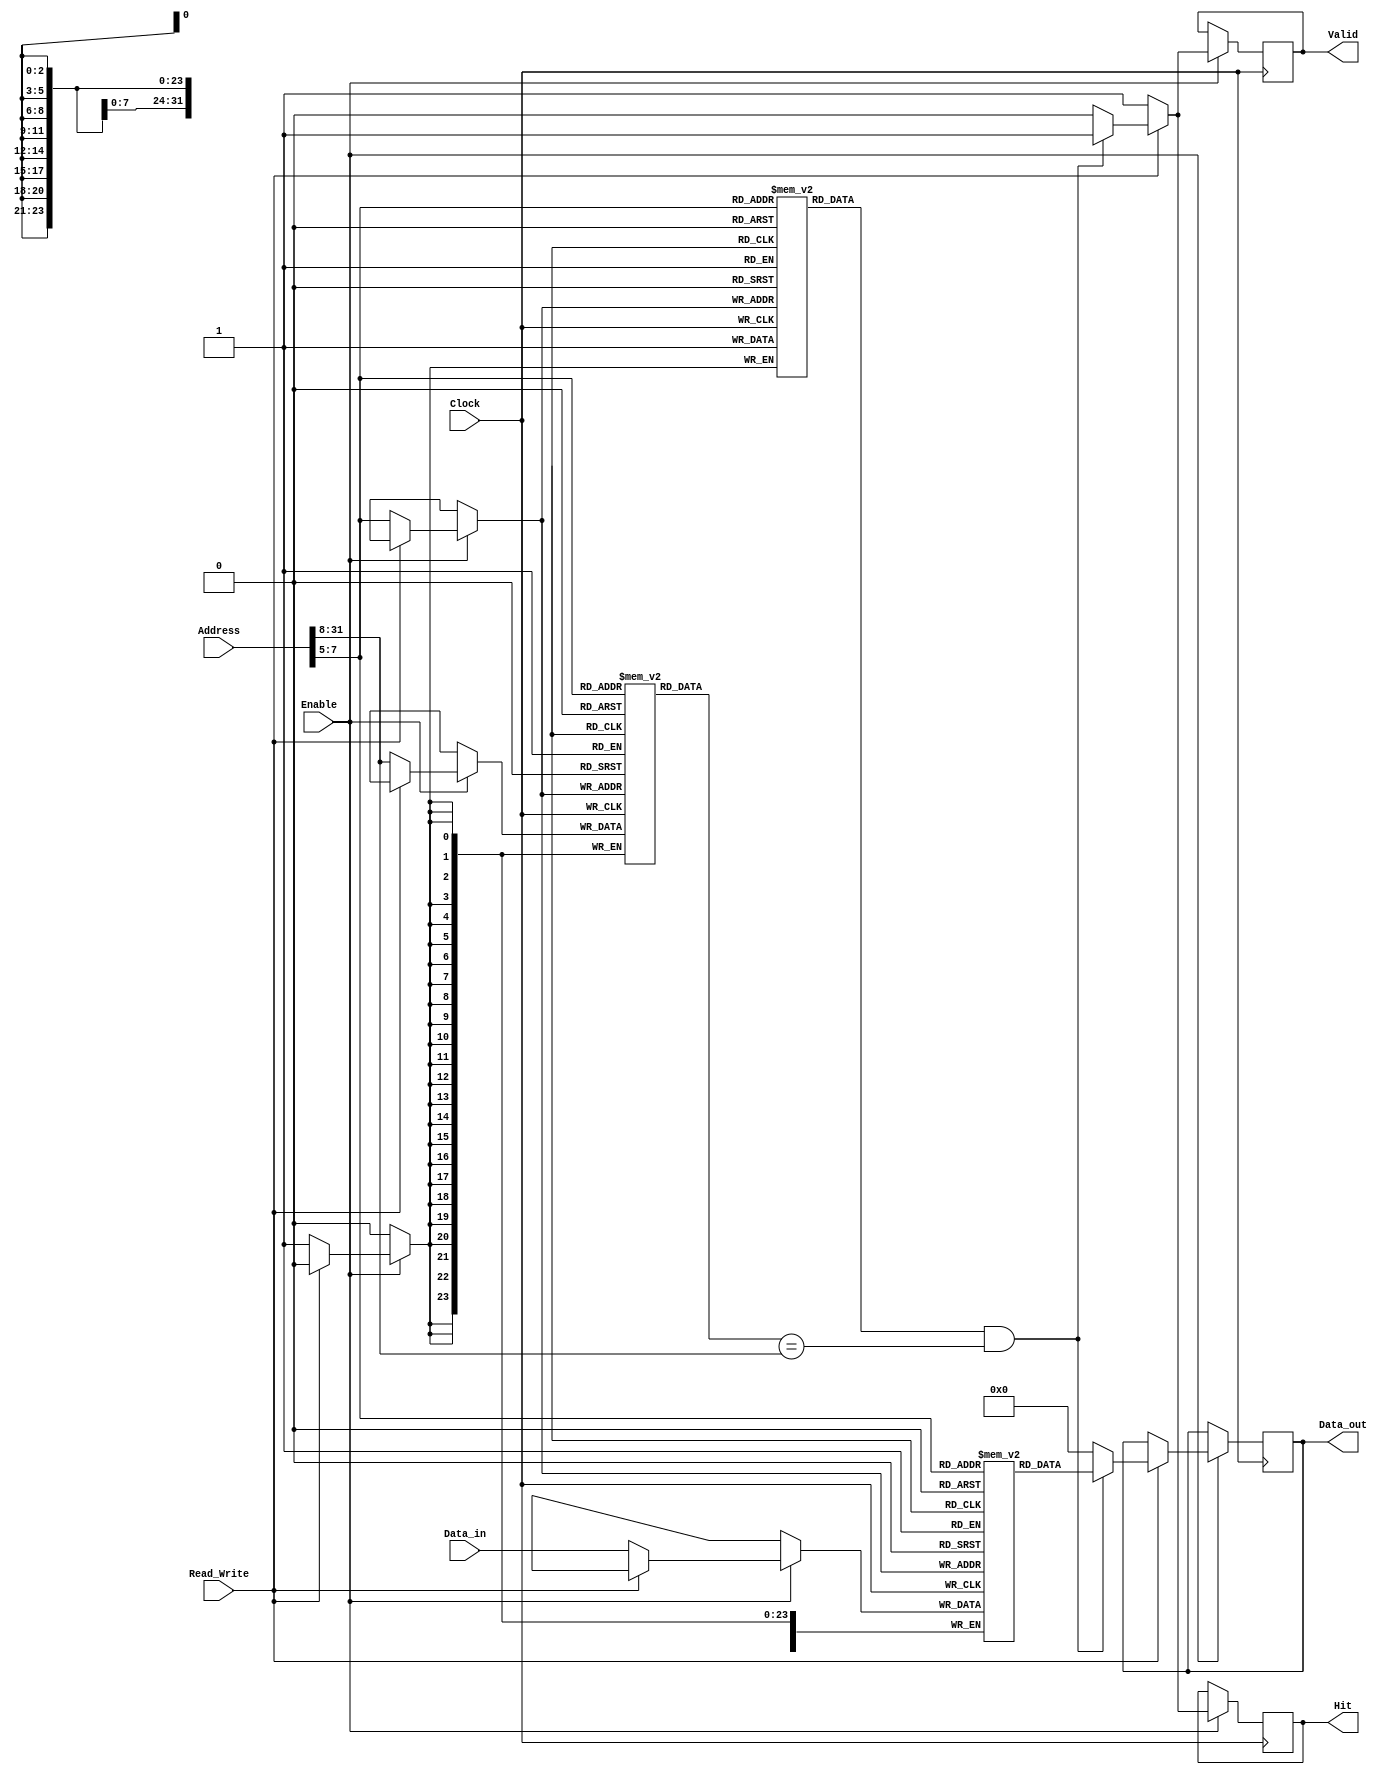
module DirectMappedCache (
    input wire [31:0] Address,    // 32-bit address input
    input wire [31:0] Data_in,     // Data input for write operations
    input wire Read_Write,         // Read (1) or Write (0)
    input wire Enable,             // Enable signal
    input wire Clock,              // Clock signal
    output reg [31:0] Data_out,    // Data output for read operations
    output reg Hit,                // Hit signal
    output reg Valid               // Valid signal
);

    // Parameters
    parameter CACHE_SIZE = 256;    // Cache size in bytes
    parameter LINE_SIZE = 32;       // Cache line size in bytes
    parameter NUM_LINES = CACHE_SIZE / LINE_SIZE; // Number of cache lines
    parameter TAG_SIZE = 32 - $clog2(NUM_LINES) - $clog2(LINE_SIZE); // Tag size

    // Cache line structure
    reg [TAG_SIZE-1:0] tag [0:NUM_LINES-1]; // Tag array
    reg [LINE_SIZE-1:0] data [0:NUM_LINES-1]; // Data array
    reg valid [0:NUM_LINES-1]; // Valid bits array

    // Index and tag extraction
    wire [($clog2(NUM_LINES)-1):0] index = Address[$clog2(NUM_LINES)+$clog2(LINE_SIZE)-1:$clog2(LINE_SIZE)];
    wire [TAG_SIZE-1:0] tag_in = Address[31:$clog2(NUM_LINES)+$clog2(LINE_SIZE)];

    // Cache operation
    always @(posedge Clock) begin
        if (Enable) begin
            if (Read_Write) begin // Read operation
                if (valid[index] && (tag[index] == tag_in)) begin
                    Data_out <= data[index]; // Cache hit
                    Hit <= 1'b1;
                    Valid <= 1'b1;
                end else begin
                    Data_out <= 32'b0; // Cache miss (data not valid)
                    Hit <= 1'b0;
                    Valid <= 1'b0;
                    // Here, you would typically fetch from main memory
                end
            end else begin // Write operation
                // Write data to cache
                data[index] <= Data_in; // Write data
                tag[index] <= tag_in; // Update tag
                valid[index] <= 1'b1; // Set valid bit
                Hit <= 1'b1; // Assume write is always successful
                Valid <= 1'b1; // Data is valid after write
            end
        end
    end

    // Initialize cache
    integer i;
    initial begin
        for (i = 0; i < NUM_LINES; i = i + 1) begin
            valid[i] = 1'b0; // Initialize valid bits to 0
            tag[i] = {TAG_SIZE{1'b0}}; // Initialize tags to 0
            data[i] = {LINE_SIZE{1'b0}}; // Initialize data to 0
        end
    end

endmodule